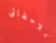
ملاحظاتي